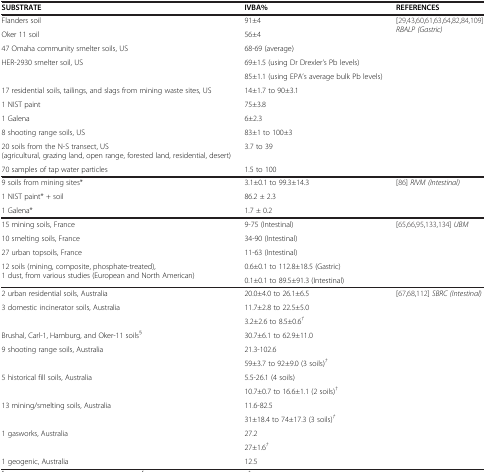
<table><thead><tr><td><b>SUBSTRATE</b></td><td><b>IVBA%</b></td><td><b>REFERENCES</b></td></tr></thead><tbody><tr><td>Flanders soil</td><td>91±4</td><td>[29,43,60,61,63,64,82,84,109]<i>RBALP (Gastric)</i></td></tr><tr><td>Oker 11 soil</td><td>56±4</td><td> </td></tr><tr><td>47 Omaha community smelter soils, US</td><td>68-69 (average)</td><td> </td></tr><tr><td>HER-2930 smelter soil, US</td><td>69±1.5 (using Dr Drexler’s Pb levels)</td><td> </td></tr><tr><td> </td><td>85±1.1 (using EPA’s average bulk Pb levels)</td><td> </td></tr><tr><td>17 residential soils, tailings, and slags from mining waste sites, US</td><td>14±1.7 to 90±3.1</td><td> </td></tr><tr><td>1 NIST paint</td><td>75±3.8</td><td> </td></tr><tr><td>1 Galena</td><td>6±2.3</td><td> </td></tr><tr><td>8 shooting range soils, US</td><td>83±1 to 100±3</td><td> </td></tr><tr><td>20 soils from the N-S transect, US (agricultural, grazing land, open range, forested land, residential, desert)</td><td>3.7 to 39</td><td> </td></tr><tr><td>70 samples of tap water particles</td><td>1.5 to 100</td><td> </td></tr><tr><td>9 soils from mining sites*</td><td>3.1±0.1 to 99.3±14.3</td><td>[86]<i>RIVM (Intestinal)</i></td></tr><tr><td>1 NIST paint* + soil</td><td>86.2 ± 2.3</td><td> </td></tr><tr><td>1 Galena*</td><td>1.7 ± 0.2</td><td> </td></tr><tr><td>15 mining soils, France</td><td>9-75 (Intestinal)</td><td>[65,66,95,133,134]<i>UBM</i></td></tr><tr><td>10 smelting soils, France</td><td>34-90 (Intestinal)</td><td> </td></tr><tr><td>27 urban topsoils, France</td><td>11-63 (Intestinal)</td><td> </td></tr><tr><td>12 soils (mining, composite, phosphate-treated), 1 dust, from various studies (European and North American)</td><td>0.6±0.1 to 112.8±18.5 (Gastric)</td><td> </td></tr><tr><td> </td><td>0.1±0.1 to 89.5±91.3 (Intestinal)</td><td> </td></tr><tr><td>2 urban residential soils, Australia</td><td>20.0±4.0 to 26.1±6.5</td><td>[67,68,112]<i>SBRC (Intestinal)</i></td></tr><tr><td>3 domestic incinerator soils, Australia</td><td>11.7±2.8 to 22.5±5.0</td><td> </td></tr><tr><td> </td><td>3.2±2.6 to 8.5±0.6<sup><i>†</i></sup></td><td> </td></tr><tr><td>Brushal, Carl-1, Hamburg, and Oker-11 soils<sup>§</sup></td><td>30.7±6.1 to 62.9±11.0</td><td> </td></tr><tr><td>9 shooting range soils, Australia</td><td>21.3-102.6</td><td> </td></tr><tr><td> </td><td>59±3.7 to 92±9.0 (3 soils)<sup><i>†</i></sup></td><td> </td></tr><tr><td>5 historical fill soils, Australia</td><td>5.5-26.1 (4 soils)</td><td> </td></tr><tr><td> </td><td>10.7±0.7 to 16.6±1.1 (2 soils)<sup><i>†</i></sup></td><td> </td></tr><tr><td>13 mining/smelting soils, Australia</td><td>11.6-82.5</td><td> </td></tr><tr><td> </td><td>31±18.4 to 74±17.3 (3 soils)<sup><i>†</i></sup></td><td> </td></tr><tr><td>1 gasworks, Australia</td><td>27.2</td><td> </td></tr><tr><td> </td><td>27±1.6<sup><i>†</i></sup></td><td> </td></tr><tr><td>1 geogenic, Australia</td><td>12.5</td><td> </td></tr></tbody></table>